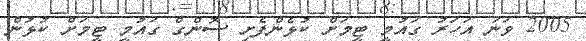
2005 ވަނަ އަހަރު ގައުމީ ޓީމަށް ކުޅެންފެށި ސޮންގް ގައުމީ ޓީމަށް ކުޅުން